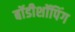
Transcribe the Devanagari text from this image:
बॉडीशॉपिंग